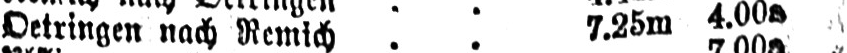
Oetringen nach Remich .. 7.25m 4.00a